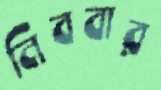
নিববার